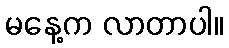
မနေ့က လာတာပါ။